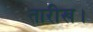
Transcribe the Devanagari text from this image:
तारीख।